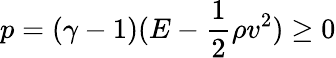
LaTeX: p=(\gamma-1)(E-\frac{1}{2}\rho v^{2})\ge 0